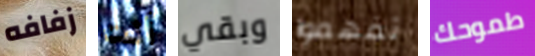
زفافه أنت وبقي تفهموا طموحك